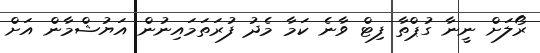
ރޯލަށް ނީނާ ގުޕްތާ ފިޓް ވާނެ ކަމާ މެދު ފުރަތަމައިނުން އަޔުޝްމާން އަށް